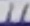
Text: 11